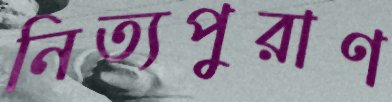
নিত্যপুরাণ